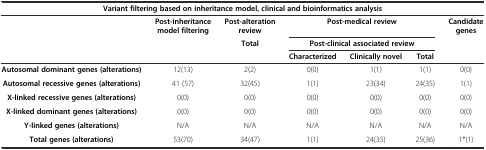
| <COLSPAN=7> Variant filtering based on inheritance model, clinical and bioinformatics analysis |
 |  | Post-inheritance model filtering | Post-alteration review | <COLSPAN=3> Post-medical review | <ROWSPAN=3> Candidate genes |
 |  |  | Total | <COLSPAN=3> Post-clinical associated review |
 |  |  |  | Characterized | Clinically novel | Total |
 | --- | --- | --- | --- | --- | --- | --- |
 | Autosomal dominant genes (alterations) | 12(13) | 2(2) | 0(0) | 1(1) | 1(1) | 0(0) |
 | Autosomal recessive genes (alterations) | 41 (57) | 32(45) | 1(1) | 23(34) | 24(35) | 1(1) |
 | X-linked recessive genes (alterations) | 0(0) | 0(0) | 0(0) | 0(0) | 0(0) | 0(0) |
 | X-linked dominant genes (alterations) | 0(0) | 0(0) | 0(0) | 0(0) | 0(0) | 0(0) |
 | Y-linked genes (alterations) | N/A | N/A | N/A | N/A | N/A | N/A |
 | Total genes (alterations) | 53(70) | 34(47) | 1(1) | 24(35) | 25(36) | 1*(1) |